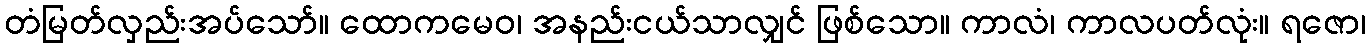
တံမြတ်လှည်းအပ်သော်။ ထောကမေဝ၊ အနည်းငယ်သာလျှင် ဖြစ်သော။ ကာလံ၊ ကာလပတ်လုံး။ ရဇော၊